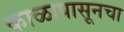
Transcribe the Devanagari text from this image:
काळापासूनचा